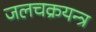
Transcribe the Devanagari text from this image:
जलचक्रयन्त्र